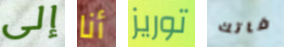
إلى أنا توريز فاتك